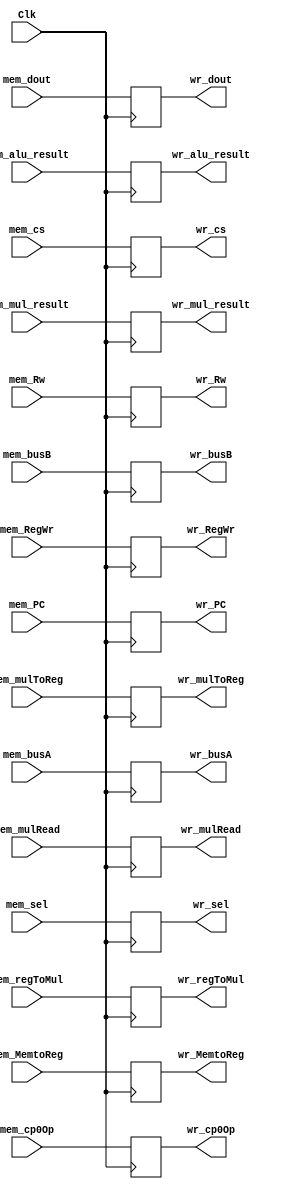
module mem_wr(Clk, mem_dout, mem_alu_result, mem_Rw, mem_RegWr,
              mem_MemtoReg, wr_dout, wr_alu_result, wr_Rw, wr_RegWr,
              wr_MemtoReg,
              //----{mul}begin
              mem_busA,     mem_mul_result, mem_regToMul,     mem_mulToReg,  mem_mulRead,
              wr_busA,      wr_mul_result,  wr_regToMul,      wr_mulToReg,   wr_mulRead,
              //----{mul}end
              //----{cp0}begin
              mem_cs,       mem_sel,        mem_busB,         mem_cp0Op,     mem_PC,
              wr_cs,        wr_sel,         wr_busB,          wr_cp0Op,      wr_PC
              //----{cp0}end
              );
    input       Clk;
    input[31:0] mem_dout;
    input[31:0] mem_alu_result;
    input[4:0]  mem_Rw;
    input       mem_RegWr,mem_MemtoReg;
    //----{mul}begin
    input[31:0] mem_busA;
    input[63:0] mem_mul_result;
    input[ 1:0] mem_regToMul;
    input       mem_mulToReg;
    input       mem_mulRead;
    //----{mul}end    
    //----{cp0}begin
    input[ 4:0] mem_cs;
    input[ 2:0] mem_sel;
    input[31:0] mem_busB;
    input[ 2:0] mem_cp0Op;
    input[31:2] mem_PC;
    //----{cp0}end   

    output reg [31:0] wr_dout;
    output reg [31:0] wr_alu_result;
    output reg [4:0]  wr_Rw;
    output reg        wr_RegWr,wr_MemtoReg;
    //----{mul}begin
    output reg [31:0] wr_busA;
    output reg [63:0] wr_mul_result;
    output reg [ 1:0] wr_regToMul;
    output reg        wr_mulToReg;
    output reg        wr_mulRead;
    //----{mul}end    
    //----{cp0}begin
    output reg [ 4:0] wr_cs;
    output reg [ 2:0] wr_sel;
    output reg [31:0] wr_busB;
    output reg [ 2:0] wr_cp0Op;
    output reg [31:2] wr_PC;
    //----{cp0}end   
    initial begin
      wr_dout       = 32'd0;
      wr_alu_result = 32'd0;
      wr_Rw         = 5'd0;
      wr_RegWr      = 0;
      wr_MemtoReg   = 0; 
      //----{mul}begin
      wr_busA       = 32'd0;
      wr_mul_result = 63'd0;
      wr_regToMul   = 2'd0;
      wr_mulToReg   = 0;
      wr_mulRead    = 0;
      //----{mul}end
      //----{cp0}begin
      wr_cs         = 5'd0;
      wr_sel        = 3'd0;
      wr_busB       = 32'd0;
      wr_cp0Op      = 3'd0;
      wr_PC         = 30'd0;
      //----{cp0}end
    end
    always @(posedge Clk)
    begin
      wr_dout       <= mem_dout;
      wr_alu_result <= mem_alu_result;
      wr_Rw         <= mem_Rw;
      //control
      wr_RegWr      <= mem_RegWr;
      wr_MemtoReg   <= mem_MemtoReg;

      //----{mul}begin
      wr_busA       <= mem_busA;
      wr_mul_result <= mem_mul_result;
      wr_regToMul   <= mem_regToMul;
      wr_mulToReg   <= mem_mulToReg;
      wr_mulRead    <= mem_mulRead;
      //----{mul}end

      //----{cp0}begin
      wr_cs         = mem_cs;
      wr_sel        = mem_sel;
      wr_busB       = mem_busB;
      wr_cp0Op      = mem_cp0Op;
      wr_PC         = mem_PC;
      //----{cp0}end
    end
endmodule